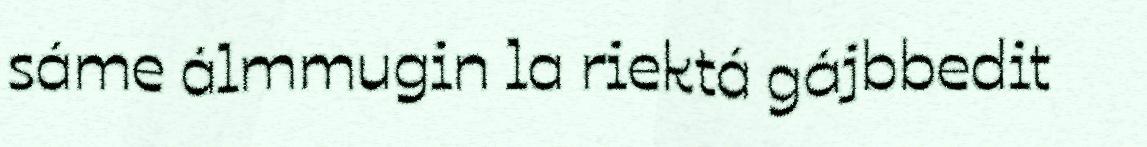
sáme álmmugin la riektá gájbbedit